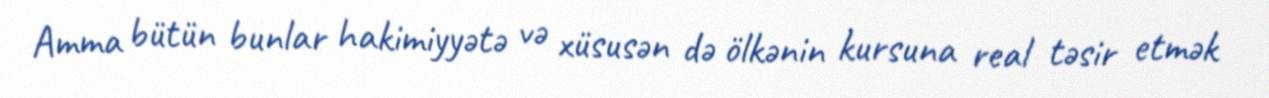
Amma bütün bunlar hakimiyyətə və xüsusən də ölkənin kursuna real təsir etmək